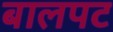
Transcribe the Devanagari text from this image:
बालपट